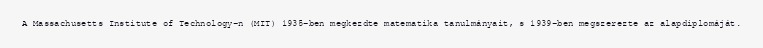
A Massachusetts Institute of Technology-n (MIT) 1935-ben megkezdte matematika tanulmányait, s 1939-ben megszerezte az alapdiplomáját.